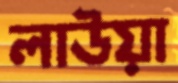
লাউয়া